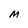
Character: M